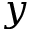
y